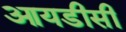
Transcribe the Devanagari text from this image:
आयडीसी